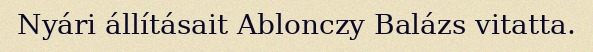
Nyári állításait Ablonczy Balázs vitatta.